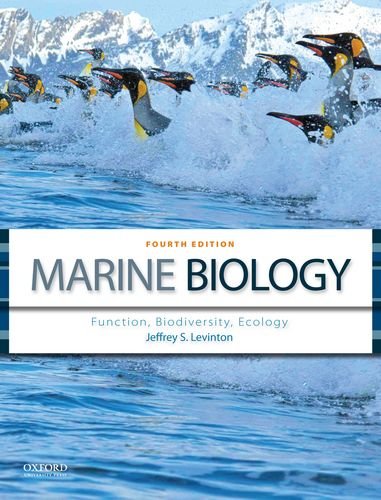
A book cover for Marine Biology: Function, Biodiversity, Ecology; Jeffrey S. Levinton; Science & Math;